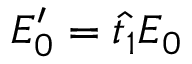
E _ { 0 } ^ { \prime } = \hat { t _ { 1 } } E _ { 0 }